Causation and prevention of malarial fevers: a statement of the results of researches drawn up for the use of assistant surgeons, hospital assistants and students
Disease focus: Malaria
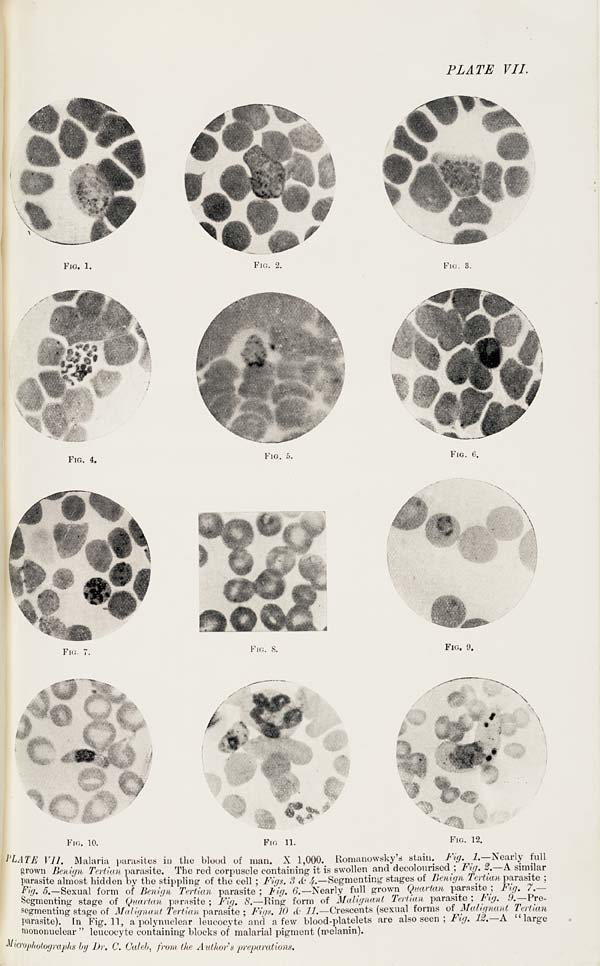
PLATE VII.
FIG. 1.
FIG. 2.
FIG. 3.
FIG. 4.
FIG. 5.
FIG. 6.
FIG. 7.
FIG. 8.
FIG. 9.
FIG. 10.
FIG. 11.
FIG. 12.
PLATE VII. Malaria parasites in the blood of man. X 1,000. Romanowsky's stain. Fig. 1.—Nearly full
grown Benign Tertian parasite. The red corpuscle containing it is swollen and decolourised; Fig. 2.—A similar
parasite almost hidden by the stippling of the cell; Figs. 3 & 4.—Segmenting stages of Benign Tertian parasite;
Fig. 5.—Sexual form of Benign Tertian parasite; Fig. 6.—Nearly full grown Quartan parasite; Fig. 7.—
Segmenting stage of Quartan parasite; Fig. 8.—Ring form of Malignant Tertian parasite; Fig. 9.—Pre-
segmenting stage of Malignant Tertian parasite; Figs. 10 & 11.—Crescents (sexual forms of Malignant Tertian
parasite). In Fig. 11, a polynuclear leucocyte and a few blood-platelets are also seen; Fig. 12.—A "large
mononuclear" leucocyte containing blocks of malarial pigment (melanin).
Microphotographs by Dr. C. Caleb, from the Author's preparations.